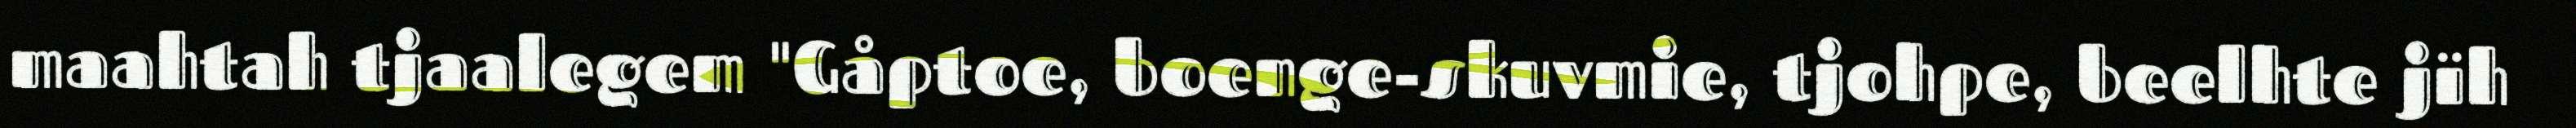
maahtah tjaalegem "Gåptoe, boenge-skuvmie, tjohpe, beelhte jïh